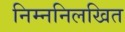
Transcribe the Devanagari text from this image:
निम्ननिलखित